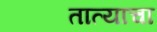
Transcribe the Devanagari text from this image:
तात्याचा